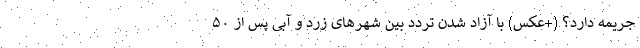
جریمه دارد؟ (+عکس) با آزاد شدن تردد بین شهرهای زرد و آبی پس از ۵۰